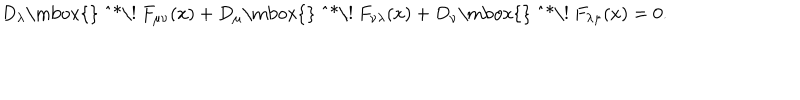
D _ { \lambda } \mathrm { \mathrm { } ~ ^ { * } \! ~ } F _ { \mu \nu } ( x ) + D _ { \mu } \mathrm { \mathrm { } ~ ^ { * } \! ~ } F _ { \nu \lambda } ( x ) + D _ { \nu } \mathrm { \mathrm { } ~ ^ { * } \! ~ } F _ { \lambda \mu } ( x ) = 0 .